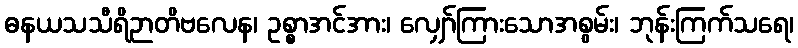
ဓနယသသီရိဉာတိဗလေန၊ ဥစ္စာအင်အား၊ လျှော်ကြားသောအစွမ်း၊ ဘုန်းကြက်သရေ၊